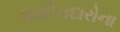
જમીનદારોના